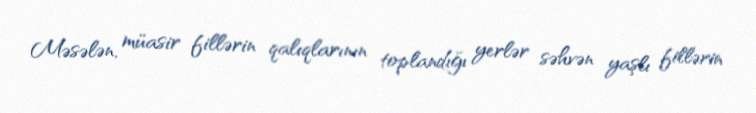
Məsələn, müasir fillərin qalıqlarının toplandığı yerlər səhvən yaşlı fillərin